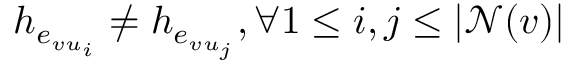
h _ { e _ { v u _ { i } } } \neq h _ { e _ { v u _ { j } } } , \forall 1 \leq i , j \leq | \mathcal { N } ( v ) |